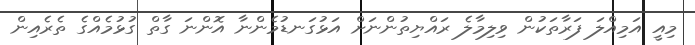
މިއީ އަމިއްލަ ފަރާތަކުން ވިލިމާލެ ރައްޔިތުންނަށް އަޅުގަނޑުމެންނާ އޮންނަ ގާތް ގުޅުމެއްގެ ތެރެއިން